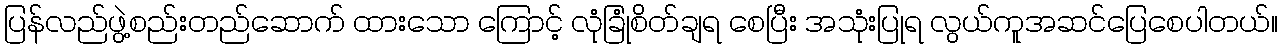
ပြန်လည်ဖွဲ့စည်းတည်ဆောက် ထားသော ကြောင့် လုံခြုံစိတ်ချရ စေပြီး အသုံးပြုရ လွယ်ကူအဆင်ပြေစေပါတယ်။